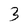
Character: 3